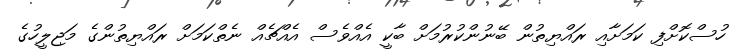
ހުސްކޮށްފި ކަމަށާއި ރައްޔިތުން ބޭނުންކުރުމަށް ބާކީ އެއްވެސް އެއްޗެއް ނެތްކަމަށް ރައްޔިތުންގެ މަޖިލީހުގެ